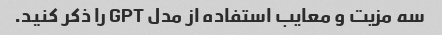
سه مزیت و معایب استفاده از مدل GPT را ذکر کنید.